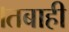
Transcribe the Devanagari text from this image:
।तबाही